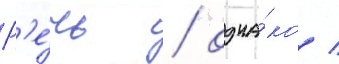
Р'е́чь / одна́ко /